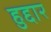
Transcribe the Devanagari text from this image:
हुद्दार